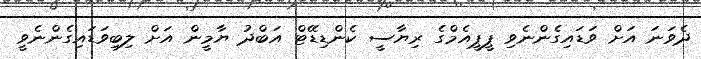
ދެވަނަ އަށް ވަޑައިގެންނެވި ޕީޕީއެމްގެ ރިޔާސީ ކެންޑިޑޭޓް އަބްދު ޔާމީން އަށް ލިބިވަޑައިގެންނެވީ